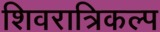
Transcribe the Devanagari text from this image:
शिवरात्रिकल्प